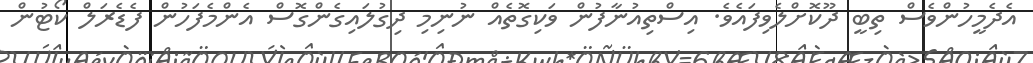
އެދެމީހުންވެސް ތިބީ ދޫކޮށްލެވިފައެވެ. އިސްތިއުނާފުން ވަކިގޮތެއް ނުނިމި ދިގުލައިގެންގޮސް އެންމެފަހުން ފެޑެރަލް ކޯޓުން